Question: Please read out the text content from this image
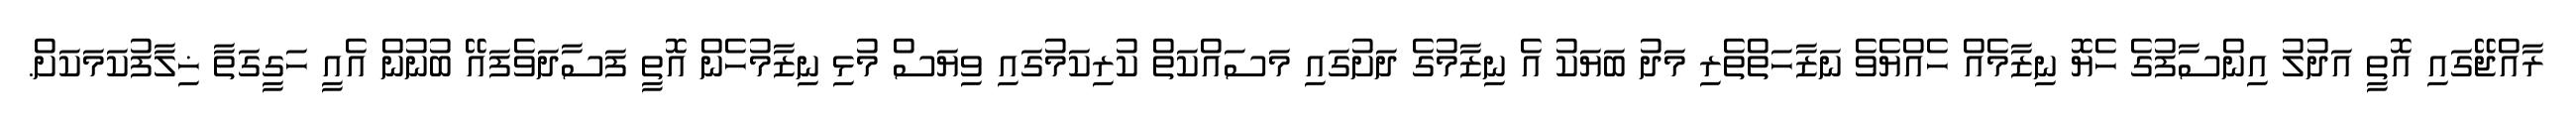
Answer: ރާއްޖޭގައި އޮތީ އަދުލު އިންސާފުގެ ހެޔޮ ނިޒާމެއް ހެއްޔެވެ ނަޒާހަތްތެރި މަދު ބަޔަކު އެ ނިޒާމުގެ ދަށުގައި މަސައްކަތް ކުރިކަމުގައި ވިޔަސް މުޅި ނިޒާމުހެން އޮތީ ފަސާދަވެފައޭ ބުނުން އެއީ ހަގީގަތާ ޚިލާފުކަމަކަށް.